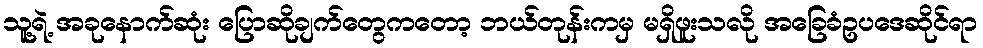
သူ့ရဲ့ အခုနောက်ဆုံး ပြောဆိုချက်တွေကတော့ ဘယ်တုန်းကမှ မရှိဖူးသလို အခြေခံဥပဒေဆိုင်ရာ